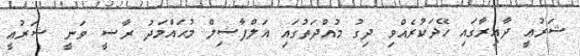
ޝަރުޢީ ދާއިރާގައި ހޭދަކުރެއްވި ދިގު މުއްދަތުގައި އަލްފާޟިލް މުޙައްމަދު ރާޟީ ވަނީ ޝަރުޢީ